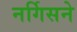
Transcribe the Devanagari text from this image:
नर्गिसने